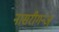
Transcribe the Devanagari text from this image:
नासरीगन्ज्